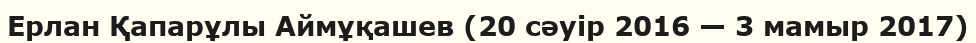
Ерлан Қапарұлы Аймұқашев (20 сәуір 2016 — 3 мамыр 2017)